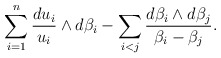
\begin{align*}\sum_{i=1}^n \frac{du_i}{u_i}\wedge d\beta_i-\sum_{i<j}\frac{d\beta_i\wedge d\beta_j}{\beta_i-\beta_j} .\end{align*}